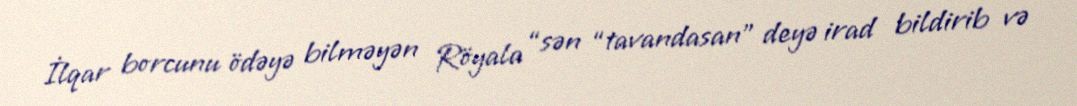
İlqar borcunu ödəyə bilməyən Röyala “sən “tavandasan” deyə irad bildirib və